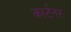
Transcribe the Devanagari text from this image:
कार्टनर